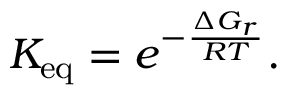
K _ { \mathrm { e q } } = e ^ { - \frac { \Delta G _ { r } } { { \cal R } T } } .